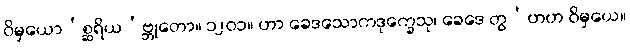
ဝိမှယော’စ္ဆရိယ’ဗ္ဘုတော။ ၁၂၀၁။ ဟာ ခေဒသောကဒုက္ခေသု၊ ခေဒေ တွ’ဟဟ ဝိမှယေ။